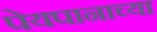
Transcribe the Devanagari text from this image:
पेयपानाच्या